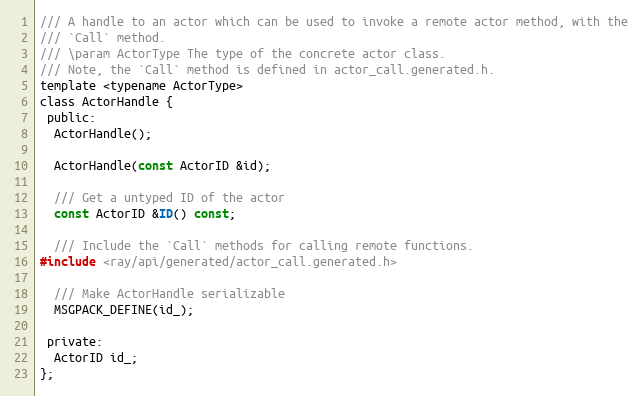
Language: C
/// A handle to an actor which can be used to invoke a remote actor method, with the
/// `Call` method.
/// \param ActorType The type of the concrete actor class.
/// Note, the `Call` method is defined in actor_call.generated.h.
template <typename ActorType>
class ActorHandle {
 public:
  ActorHandle();

  ActorHandle(const ActorID &id);

  /// Get a untyped ID of the actor
  const ActorID &ID() const;

  /// Include the `Call` methods for calling remote functions.
#include <ray/api/generated/actor_call.generated.h>

  /// Make ActorHandle serializable
  MSGPACK_DEFINE(id_);

 private:
  ActorID id_;
};